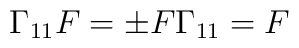
\Gamma_{11} F = \pm  F \Gamma_{11} = F